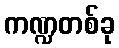
ကဏ္ဍတစ်ခု